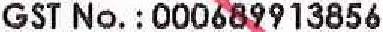
GST NO. : 000689913856